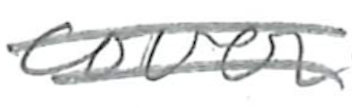
Text: cover
Cross-out: double-line
Writing tool: pencil